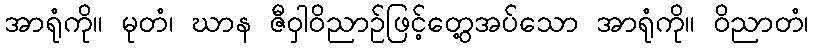
အာရုံကို။ မုတံ၊ ဃာန ဇီဝှါဝိညာဉ်ဖြင့်တွေ့အပ်သော အာရုံကို။ ဝိညာတံ၊